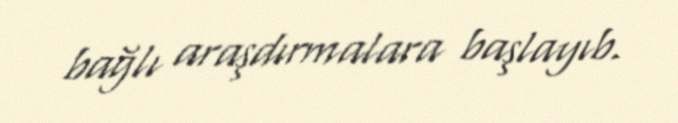
bağlı araşdırmalara başlayıb.